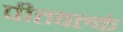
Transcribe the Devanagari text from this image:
पीतवल्कं